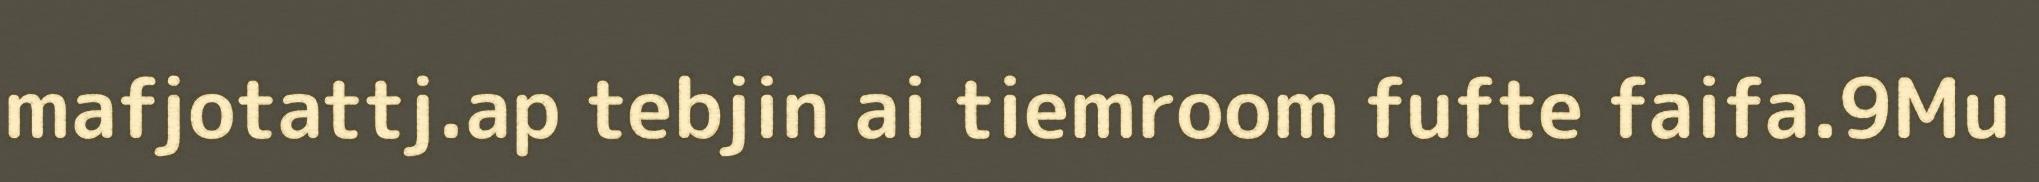
mafjotattj.ap tebjin ai tiemroom fufte faifa.9Mu